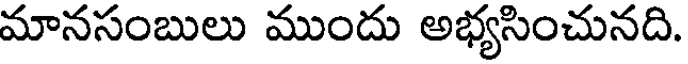
మానసంబులు ముందు అభ్యసించునది.